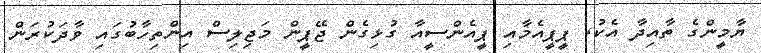
ޔާމީންގެ ތާއިދާ އެކު